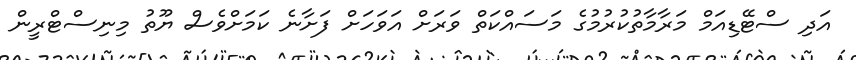
އަދި ސްޓޭޑިއަމް މަރާމާތުކުރުމުގެ މަސައްކަތް ވަރަށް އަވަހަށް ފަށާނެ ކަމަށްވެސް ޔޫތު މިނިސްޓްރީން